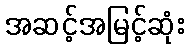
အဆင့်အမြင့်ဆုံး